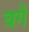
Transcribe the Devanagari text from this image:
वगे